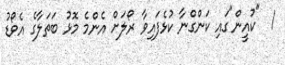
1  "ކުއީން"ގައި ކަންގްނާ ކުޅެފައިވާ ރޯލަށް އެންމެ މޮޅު ބަތަލާގެ އެވޯޑު